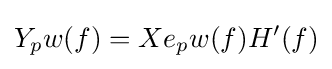
Y_{p}w(f)=Xe_{p}w(f)H'(f)